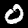
Digit: 0